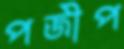
পজীপ